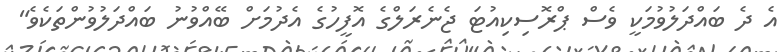
އެ ދެ ބައްދަލުވުމަކީ ވެސް ޕްރޮސިކިއުޓަ ޖެނެރަލްގެ އޮފީހުގެ އެދުމަށް ބޭއްވުނު ބައްދަލުވުންތަކެވެ"